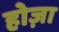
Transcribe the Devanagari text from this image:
होज़ा